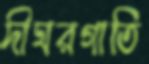
দীঘরগাতি